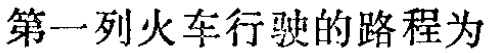
第一列火车行驶的路程为